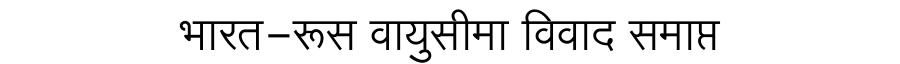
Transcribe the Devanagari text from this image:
भारत-रूस वायुसीमा विवाद समाप्त